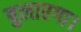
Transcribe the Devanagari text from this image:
बुलाएगा।